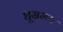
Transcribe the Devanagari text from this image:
धूम्रमय